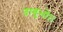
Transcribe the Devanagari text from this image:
ताबुभो।।